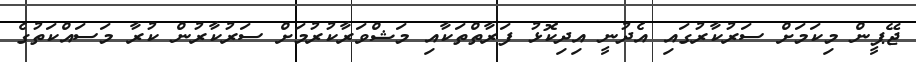
ޖޭޕީން މިކަމަށް ސަރުކާރުގައި އެދުނީ އިދިކޮޅު ފަރާތްތަކާއި މަޝްވަރާކުރުމަށް ސަރުކާރުން ކުރާ މަސައްކަތުގެ